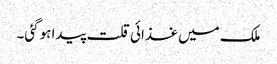
ملک میں غذائی قلت پیدا ہوگئی۔